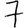
Digit: 7